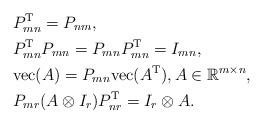
LaTeX: \begin{align*}&P_{mn}^{{\rm T}}=P_{nm},\\&P_{mn}^{{\rm T}}P_{mn}=P_{mn}P_{mn}^{{\rm T}}=I_{mn},\\&{\rm vec}(A)=P_{mn}{\rm vec}(A^{{\rm T}}), A\in \mathbb R^{m\times n},\\&P_{mr}(A\otimes I_r)P_{nr}^{{\rm T}}=I_r\otimes A.\end{align*}